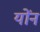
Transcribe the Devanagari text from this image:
योंन